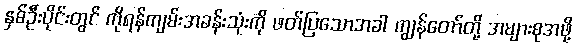
နှစ်ဦးပိုင်းတွင် ကိုရန်ကျမ်းအခန်းသုံးကို ဖတ်ပြသောအခါ ကျွန်တော်တို့ အများစုအဖို့